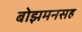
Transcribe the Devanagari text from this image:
बोझमनसह